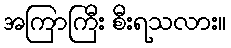
အကြာကြီး စီးရသလား။